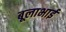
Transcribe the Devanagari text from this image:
बूलाभाई